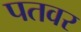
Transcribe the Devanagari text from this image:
पतवर